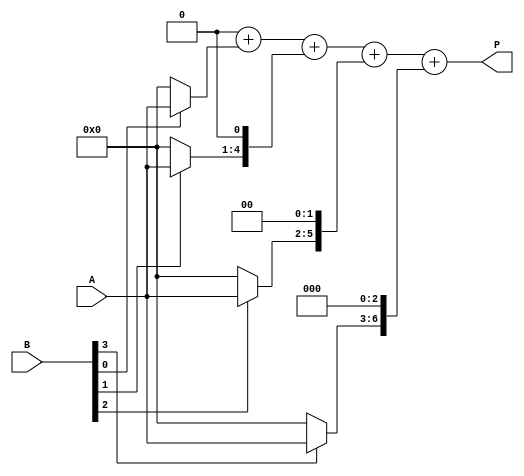
module array_multiplier #(parameter m = 4, n = 4) (
    input [m-1:0] A,         // m-bit input A
    input [n-1:0] B,         // n-bit input B
    output reg [m+n-1:0] P   // (m+n)-bit output P
);
    reg [m-1:0] partial [0:n-1]; // Array to hold partial products
    integer i, j;

    // Generate partial products
    always @(*) begin
        // Initialize partial products to 0
        for (i = 0; i < n; i = i + 1) begin
            partial[i] = (B[i] ? A : 0); // Generate partial product
        end

        // Initialize the product to 0
        P = 0;

        // Sum the partial products
        for (i = 0; i < n; i = i + 1) begin
            P = P + (partial[i] << i); // Shift and add
        end
    end
endmodule